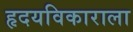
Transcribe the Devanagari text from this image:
हृदयविकाराला